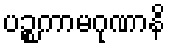
ပဉ္စကာမဂုဏာနိ